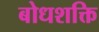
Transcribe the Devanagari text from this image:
बोधशक्ति